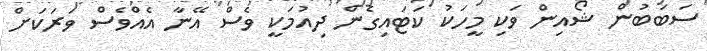
ސަބަބުން ޝޯއިން ވަކި މީހަކު ކަޓައިގެން ދިއުމަކީ ވެސް އޭނާ އެއްވެސް ވަރަކަށް